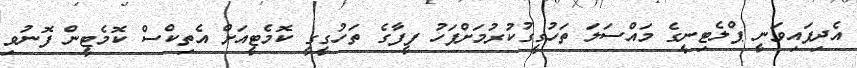
އެދިފައިވަނީ ޕްލެޓިނީގެ މައްސަލަ ތަހުގީގުކުރުމަށްފަހު ފީފާގެ ތަހުގީގީ ކޮމެޓީއަށް އެތިކްސް ކޮމެޓީން ފޮނުވި